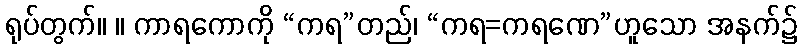
ရုပ်တွက်။ ။ ကာရကောကို “ကရ”တည်၊ “ကရ=ကရဏေ”ဟူသော အနက်၌